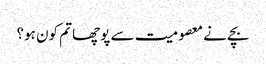
بچے نے معصومیت سے پوچھا تم کون ہو؟